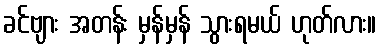
ခင်ဗျား အတန်း မှန်မှန် သွားရမယ် ဟုတ်လား။